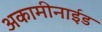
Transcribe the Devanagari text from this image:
अकामीनाईड